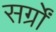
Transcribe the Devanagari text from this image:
सर्ग्रों